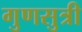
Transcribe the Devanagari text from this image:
गुणसुत्री